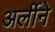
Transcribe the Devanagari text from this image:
अर्लीने